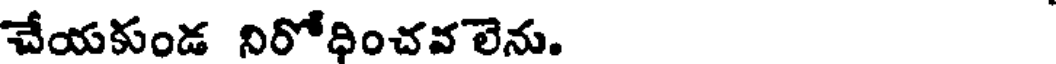
చేయకుండ నిరోధించవలెను.